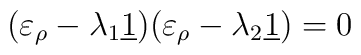
(\varepsilon _{\rho }-\lambda _{1}\underline{1})(\varepsilon _{\rho}-\lambda _{2}\underline{1})=0